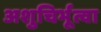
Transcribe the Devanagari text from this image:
अशुचिर्भूत्वा